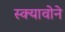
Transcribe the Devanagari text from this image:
स्क्यावोने